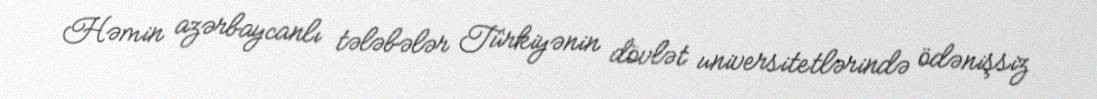
Həmin azərbaycanlı tələbələr Türkiyənin dövlət universitetlərində ödənişsiz